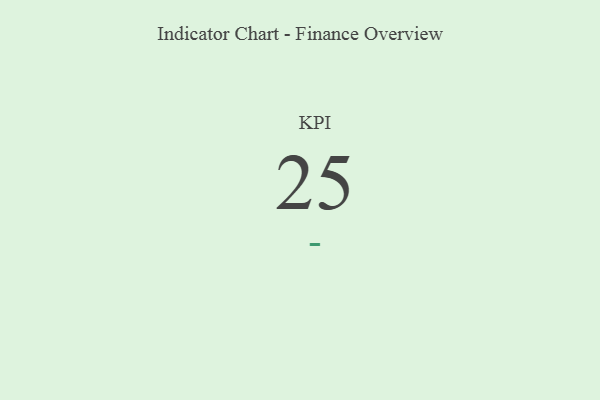
{"axis": {"x": "KPI", "y": "Value"}, "legend": [""], "data": [{"x": "KPI", "y": 25, "type": ""}]}